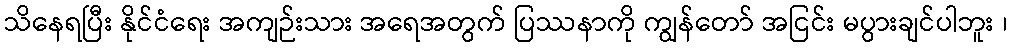
သိနေရပြီး နိုင်ငံရေး အကျဉ်းသား အရေအတွက် ပြဿနာကို ကျွန်တော် အငြင်း မပွားချင်ပါဘူး ၊